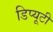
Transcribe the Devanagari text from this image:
डिप्यूटी